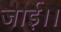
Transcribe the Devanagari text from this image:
जाई।।